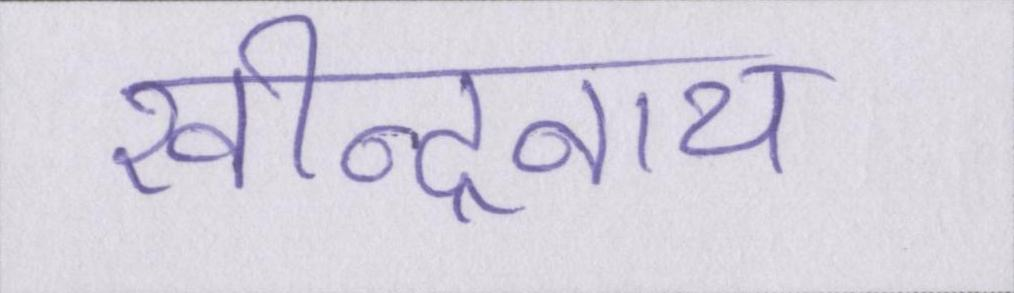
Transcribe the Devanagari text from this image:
रवीन्द्रनाथ